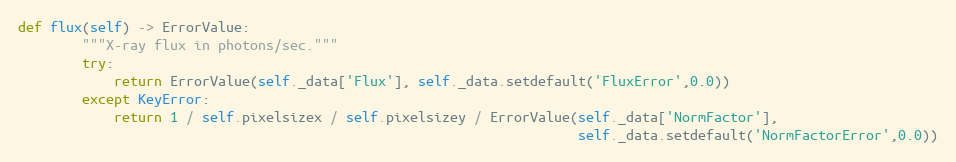
Language: Python
def flux(self) -> ErrorValue:
        """X-ray flux in photons/sec."""
        try:
            return ErrorValue(self._data['Flux'], self._data.setdefault('FluxError',0.0))
        except KeyError:
            return 1 / self.pixelsizex / self.pixelsizey / ErrorValue(self._data['NormFactor'],
                                                                      self._data.setdefault('NormFactorError',0.0))